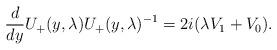
LaTeX: \begin{align*} \frac{d}{dy}U_{+}(y,\lambda) U_{+}(y,\lambda)^{-1}=2i(\lambda V_1+V_0).\end{align*}